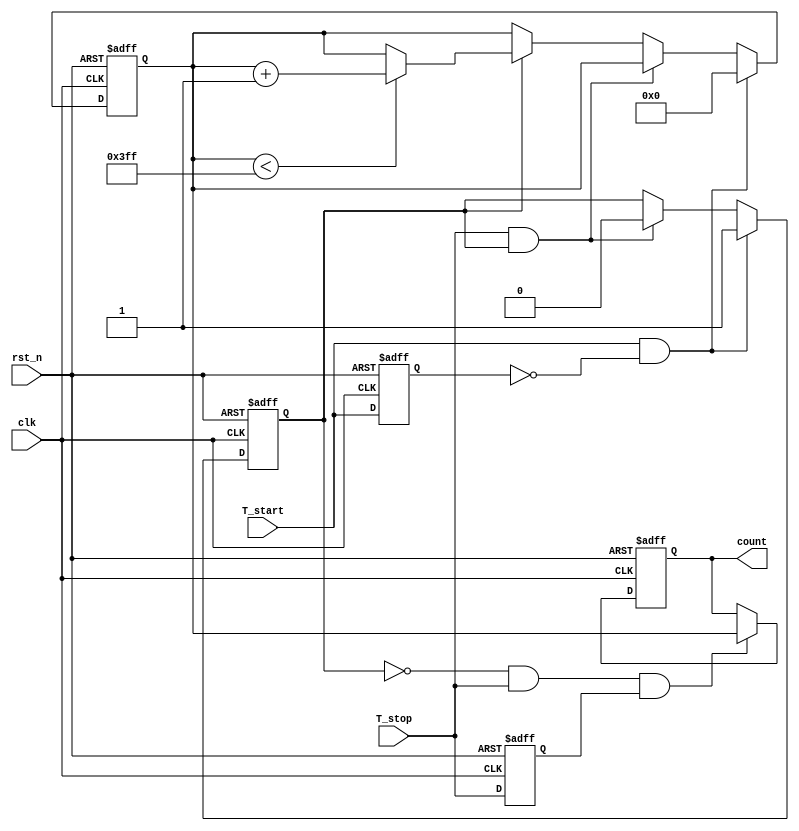
module TDC (
    input wire clk,          // System clock
    input wire rst_n,        // Active low reset
    input wire T_start,      // Start signal
    input wire T_stop,       // Stop signal
    output reg [N-1:0] count // Output count (N bits)
);
    parameter N = 10;         // Number of bits for the counter
    parameter NUM_DELAY_STAGES = 1024; // Number of delay stages
    reg [N-1:0] counter;      // Internal counter
    reg measuring;            // Flag to indicate if measuring is active
    reg [NUM_DELAY_STAGES-1:0] delay_line; // Delay line for TDC

    // Input Buffer
    reg T_start_d, T_stop_d;

    always @(posedge clk or negedge rst_n) begin
        if (!rst_n) begin
            T_start_d <= 1'b0;
            T_stop_d <= 1'b0;
        end else begin
            T_start_d <= T_start;
            T_stop_d <= T_stop;
        end
    end

    // Control Logic
    always @(posedge clk or negedge rst_n) begin
        if (!rst_n) begin
            measuring <= 1'b0;
            counter <= 0;
        end else if (T_start && !T_start_d) begin
            measuring <= 1'b1; // Start measuring
            counter <= 0;      // Reset counter
        end else if (T_stop && measuring) begin
            measuring <= 1'b0; // Stop measuring
        end else if (measuring) begin
            if (counter < NUM_DELAY_STAGES - 1)
                counter <= counter + 1; // Increment counter while measuring
        end
    end

    // Output Logic
    always @(posedge clk or negedge rst_n) begin
        if (!rst_n) begin
            count <= 0;
        end else if (!measuring && T_stop && T_stop_d) begin
            count <= counter; // Latch the measured count on stop signal
        end
    end

    // Delay Line Simulation (not actual hardware representation)
    always @(posedge clk) begin
        delay_line <= {delay_line[NUM_DELAY_STAGES-2:0], measuring}; // Simulating delay stages
    end

endmodule